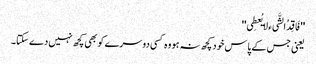
''فَاقِدُالشَّیء لایُعطِی''
یعنی جس کے پاس خود کچھ نہ ہو وہ کسی دوسرے کو بھی کچھ نہیں دے سکتا۔